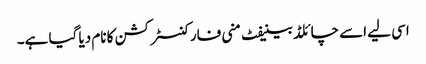
اسی لیے اسے چائلڈ بینیفٹ منی فار کنسٹرکشن کا نام دیا گیا ہے۔